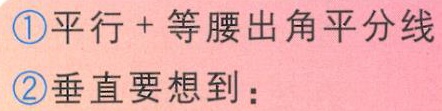
\textcircled{1}平行 + 等腰出角平分线
\textcircled{2}垂直要想到：